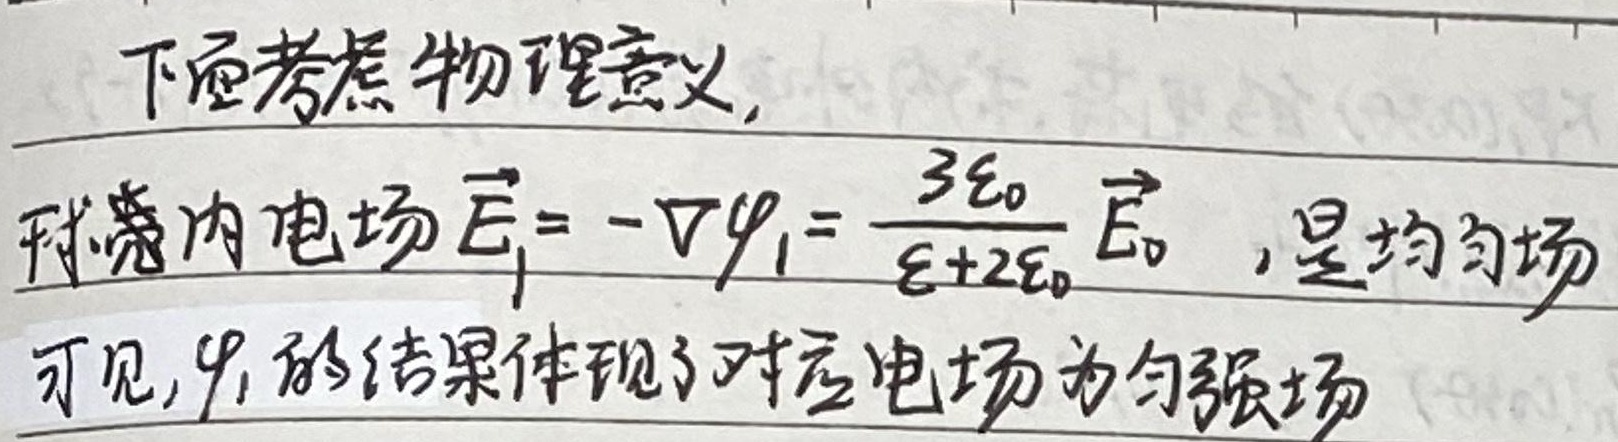
下面考虑物理意义，球壳内电场\(\vec{E}_{1}=-\nabla\varphi_{1}=\frac{3\varepsilon_{0}}{\varepsilon + 2\varepsilon_{0}}\vec{E}_{0}\)，是均匀场。可见，\(\varphi_{1}\)的结果体现了对应电场为匀强场。